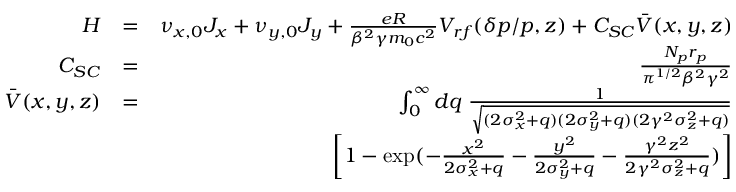
\begin{array} { r l r } { H } & { = } & { \nu _ { x , 0 } J _ { x } + \nu _ { y , 0 } J _ { y } + \frac { e R } { \beta ^ { 2 } \gamma m _ { 0 } c ^ { 2 } } V _ { r f } ( \delta p / p , z ) + C _ { S C } \bar { V } ( x , y , z ) } \\ { C _ { S C } } & { = } & { \frac { N _ { p } r _ { p } } { \pi ^ { 1 / 2 } \beta ^ { 2 } \gamma ^ { 2 } } } \\ { \bar { V } ( x , y , z ) } & { = } & { \int _ { 0 } ^ { \infty } d q \; \frac { 1 } { \sqrt { ( 2 \sigma _ { x } ^ { 2 } + q ) ( 2 \sigma _ { y } ^ { 2 } + q ) ( 2 \gamma ^ { 2 } \sigma _ { z } ^ { 2 } + q ) } } } \\ & { } & { \left[ 1 - \exp ( - \frac { x ^ { 2 } } { 2 \sigma _ { x } ^ { 2 } + q } - \frac { y ^ { 2 } } { 2 \sigma _ { y } ^ { 2 } + q } - \frac { \gamma ^ { 2 } z ^ { 2 } } { 2 \gamma ^ { 2 } \sigma _ { z } ^ { 2 } + q } ) \right] } \end{array}